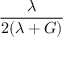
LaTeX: \frac { \lambda } { 2 ( \lambda + G ) }